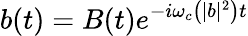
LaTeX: b(t)=B(t)e^{-i\omega_{c}\left(|b|^{2}\right)t}